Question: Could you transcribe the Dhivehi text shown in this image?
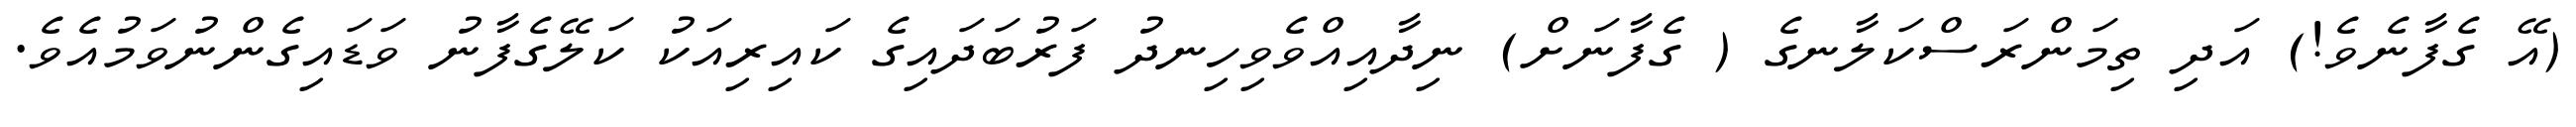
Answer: (އޭ ގެފާނެވެ!) އަދި ތިމަންރަސްކަލާނގެ ( ގެފާނަށް) ނިދާއިއްވެވިހިނދު ފަރުބަދައިގެ ކައިރިއަކު ކަލޭގެފާނު ވަޑައިގެންނުވަމުއެވެ.